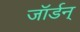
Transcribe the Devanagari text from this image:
जॉर्डन्